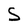
Character: S